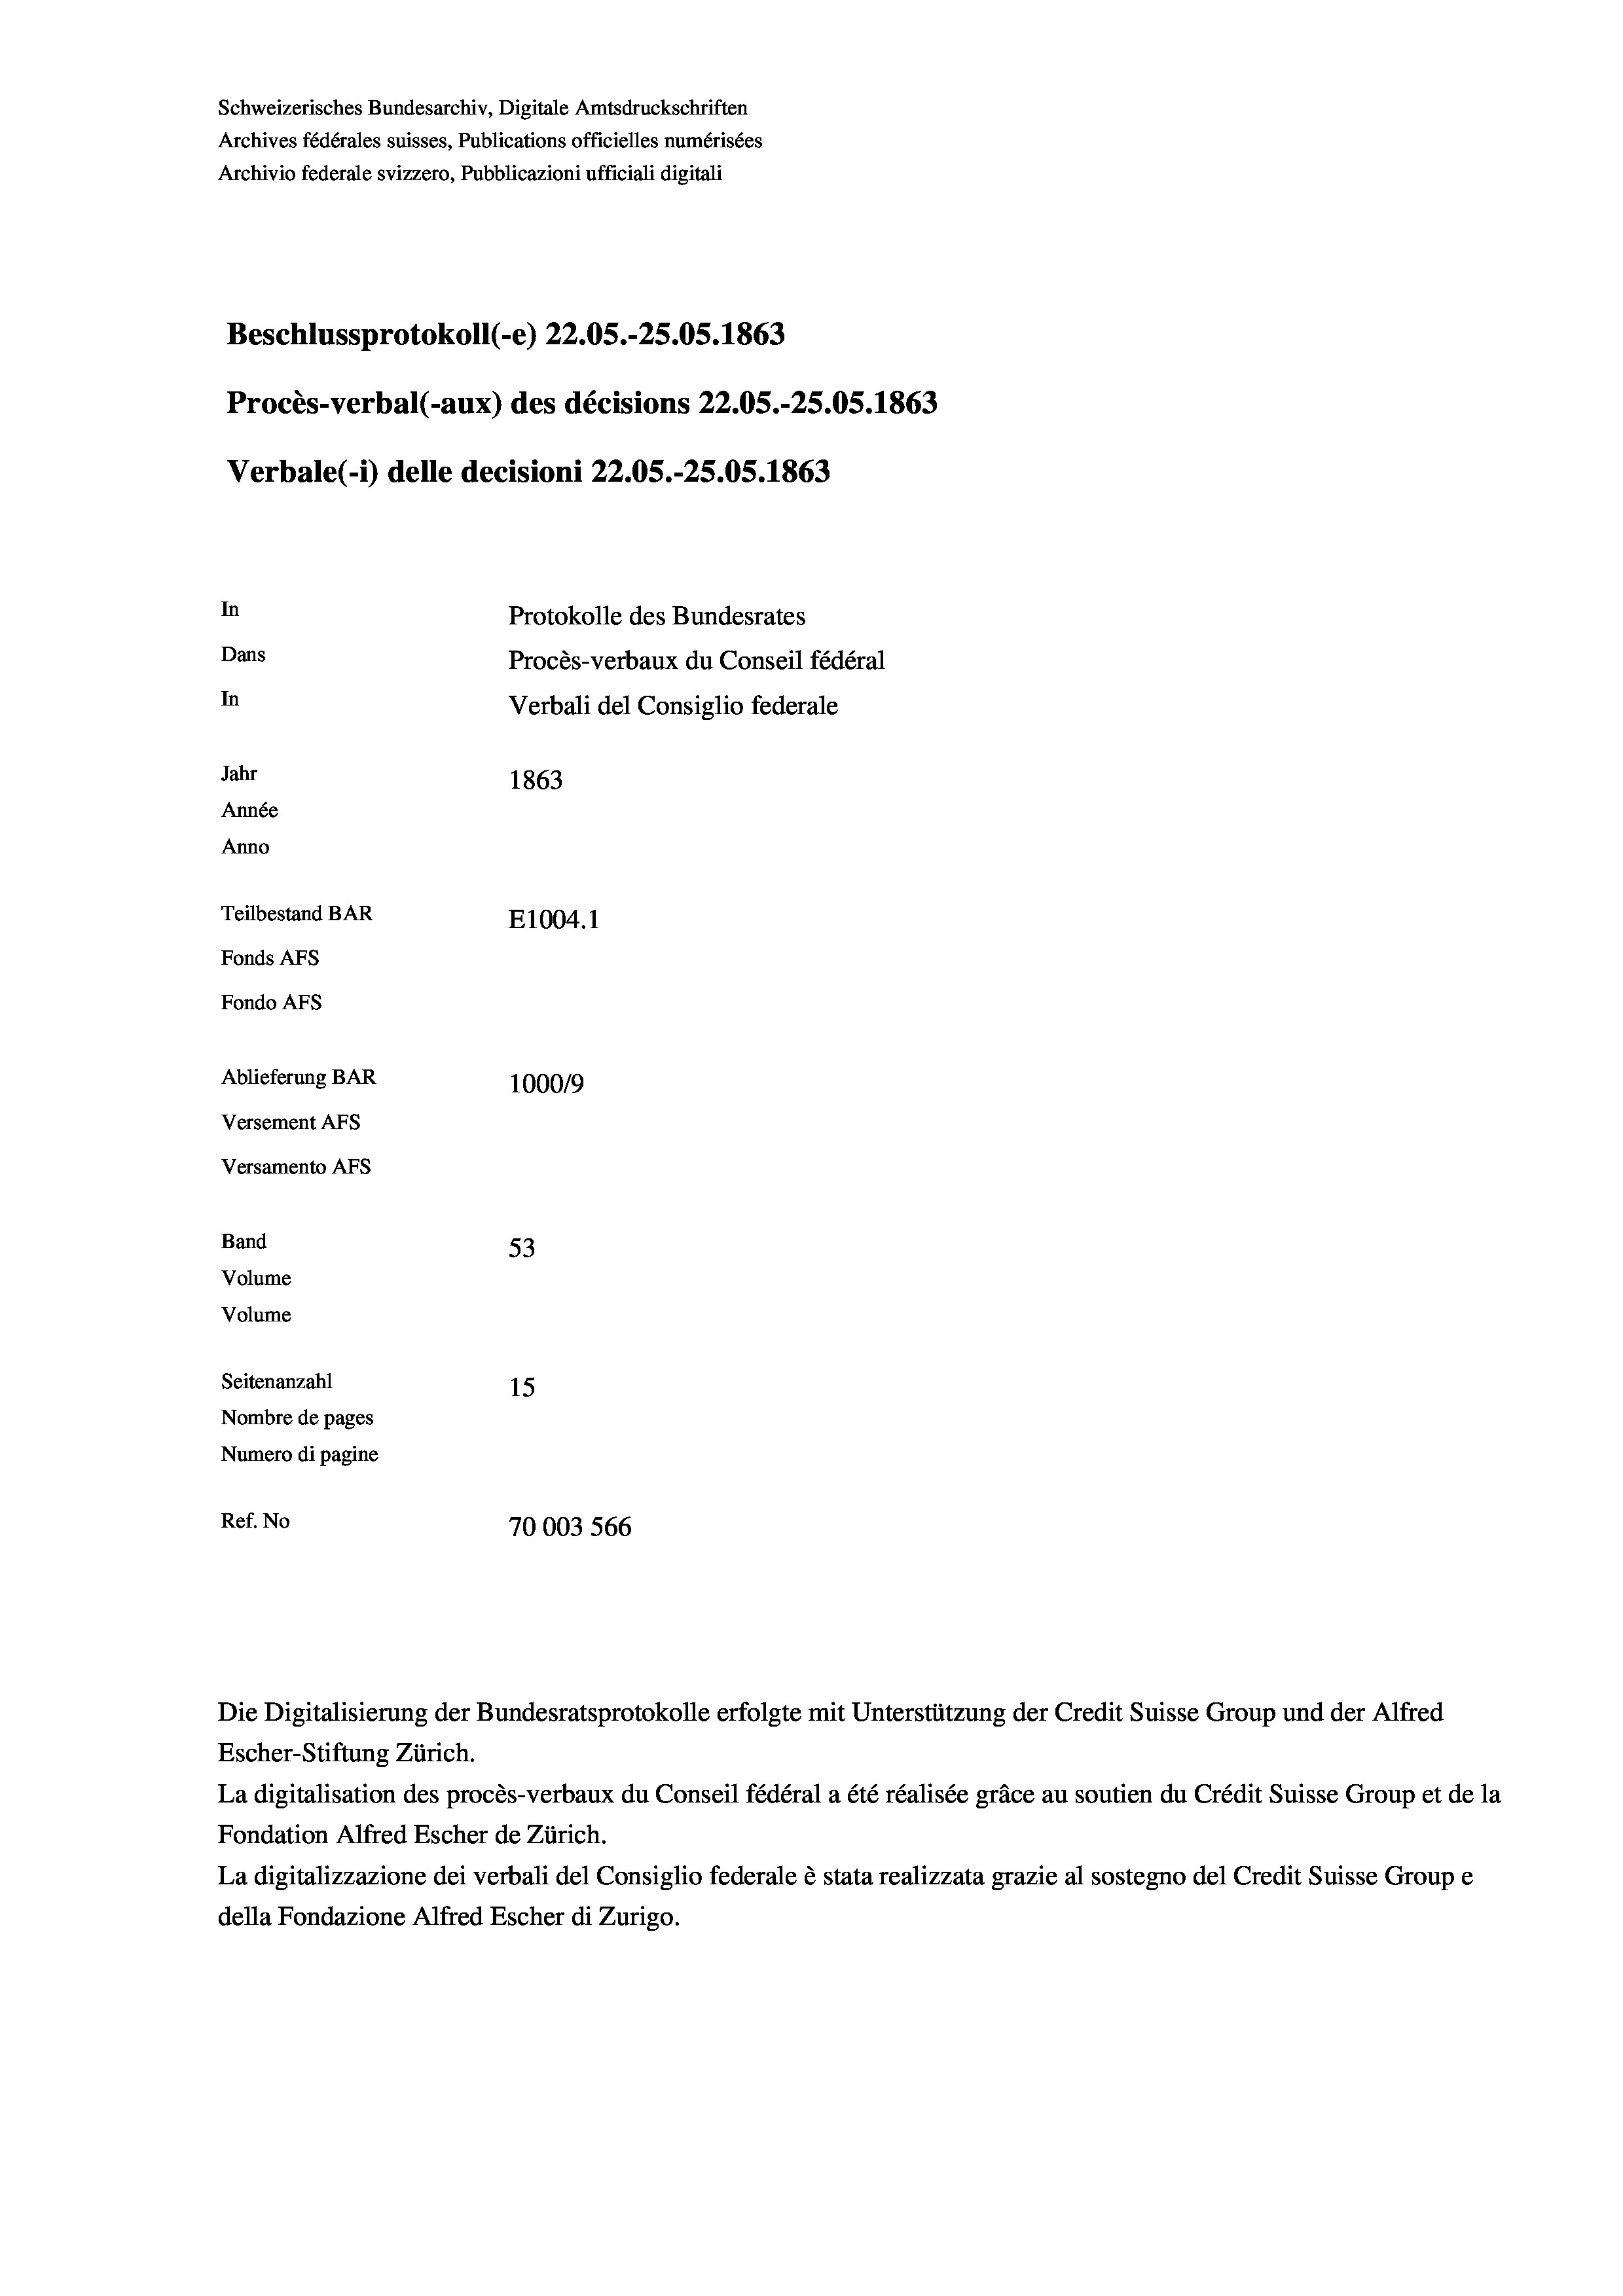
Schweizerisches Bundesarchiv, Digitale Amtsdruckschriften
Archives fédérales suisses, Publications officielles numérisées
Archivio federale svizzero, Pubblicazioni ufficiali digitali
Beschlussprotokoll (-e) 22.05.-25.05. 1863
Procès-verbal (-aux) des décisions 22.05.-25.05. 1863
Verbale(-*) delle decisioni 22.05.-25.05. 1863
In
Protokolle des Bundesrates
Dans
Procès-verbaux du Conseil fédéral
In
Verbali del Consiglio federale
Jahr
1863
Année
Anno
Teilbestand BAR
E1004.1
Fonds AFs
Fondo Afs
Ablieferung BAR
100019
Versement AFs
Versamento AFs
Band
53
Volume
Volume
Seitenanzahl
15
Nombre de pages
Numero di pagine
Ref. No
70003 566

Die Digitalisierung der Bundesratsprotokolle erfolgte mit Unterstützung der Credit Suisse Group und der Alfred

Escher-Stiftung Zürich.
La digitalisation des procès-verbaux du Conseil fédéral a été réalisée gräce au soutien du Crédit Suisse Group et de la
Fondation Alfred Escher de Zürich.
La digitalizzazione dei verbali del Consiglio federale è stata realizzata grazie al sostegno del Credit Suisse Groupe
della Fondazione Alfred Escher di Zurigo.